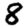
Digit: 8